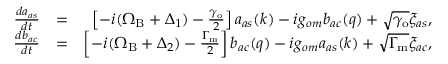
\begin{array} { r l r } { \frac { d a _ { a s } } { d t } } & { = } & { \left[ - i ( \Omega _ { \mathrm { B } } + \Delta _ { 1 } ) - \frac { \gamma _ { \mathrm { o } } } { 2 } \right] a _ { a s } ( k ) - i g _ { o m } b _ { a c } ( q ) + \sqrt { \gamma _ { \mathrm { o } } } \xi _ { a s } , } \\ { \frac { d b _ { a c } } { d t } } & { = } & { \left[ - i ( \Omega _ { \mathrm { B } } + \Delta _ { 2 } ) - \frac { \Gamma _ { \mathrm { m } } } { 2 } \right] b _ { a c } ( q ) - i g _ { o m } a _ { a s } ( k ) + \sqrt { \Gamma _ { \mathrm { m } } } \xi _ { a c } , } \end{array}